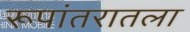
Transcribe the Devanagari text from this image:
रूपांतरातला